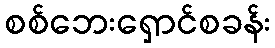
စစ်ဘေးရှောင်စခန်း